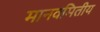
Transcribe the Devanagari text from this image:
मानवमितीय